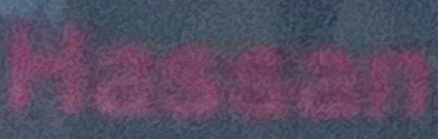
Hassan